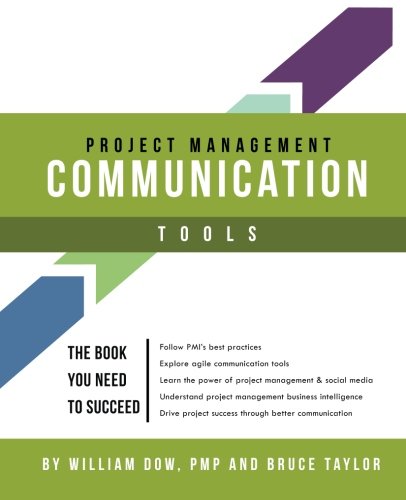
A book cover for Project Management Communication Tools; Mr. William Dow; Business & Money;